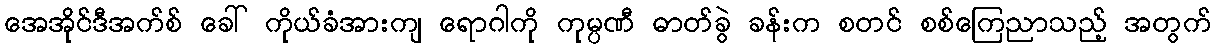
အေအိုင်ဒီအက်စ် ခေါ် ကိုယ်ခံအားကျ ရောဂါကို ကုမ္ပဏီ ဓာတ်ခွဲ ခန်းက စတင် စစ်ကြေညာသည့် အတွက်